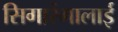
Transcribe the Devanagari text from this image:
सिगारंगालाई